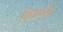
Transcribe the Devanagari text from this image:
कियाऔर